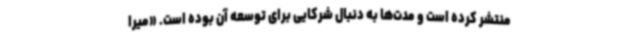
منتشر کرده است و مدت‌ها به دنبال شرکایی برای توسعه آن بوده است. «میرا